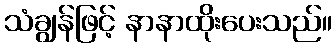
သံချွန်ဖြင့် နာနာထိုးပေးသည်။